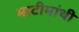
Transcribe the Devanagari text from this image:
माटीमांथी